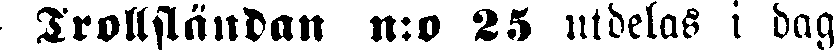
- Trollsländan n:o 25 utdelas i dag